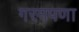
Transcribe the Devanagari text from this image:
गरमपणा